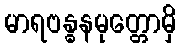
မာရဗန္ဓနမုတ္တောမှိ